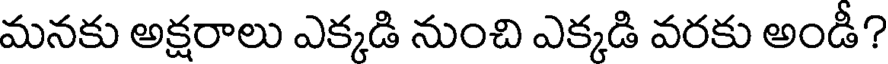
మనకు అక్షరాలు ఎక్కడి నుంచి ఎక్కడి వరకు అండీ?